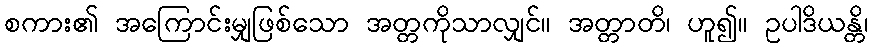
စကား၏ အကြောင်းမျှဖြစ်သော အတ္တကိုသာလျှင်။ အတ္တာတိ၊ ဟူ၍။ ဥပါဒိယန္တိ၊